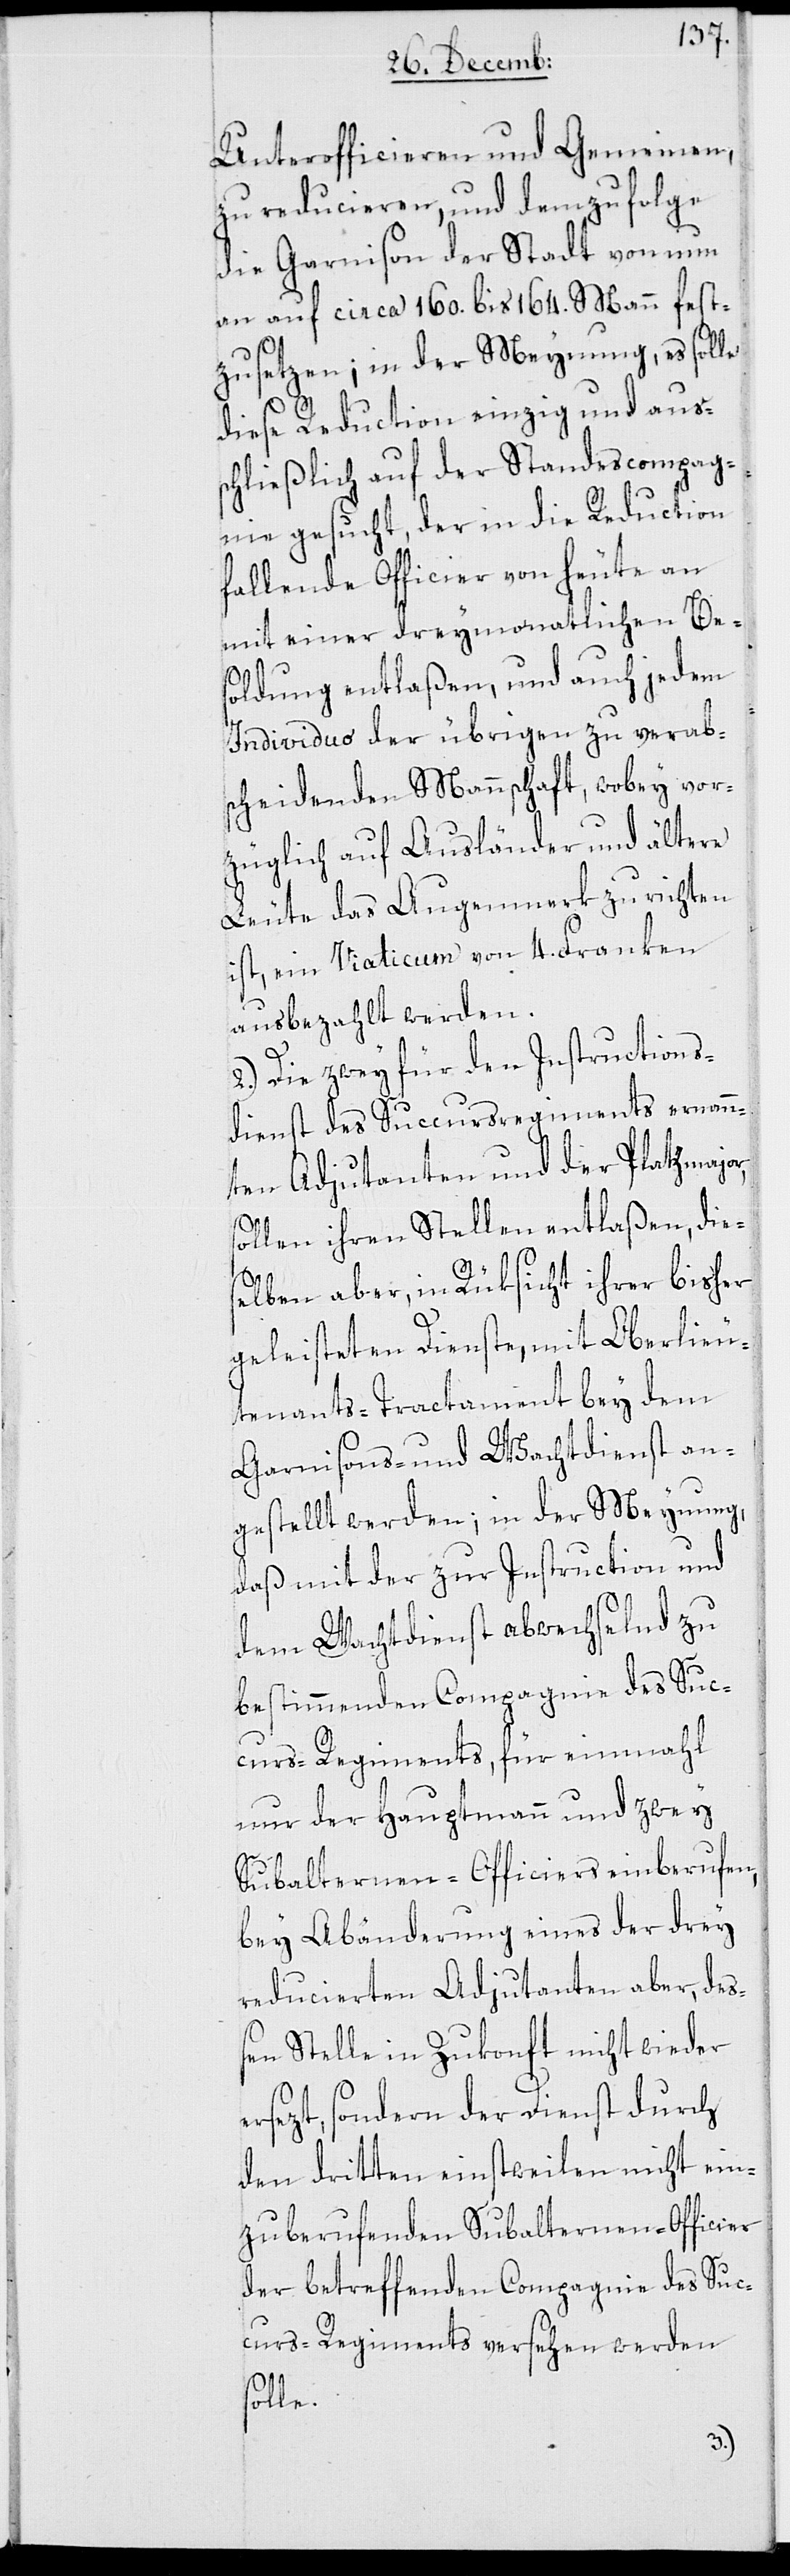
Unterofficieren und Gemeinen,
zu reducieren, und demzufolge
die Garnison der Stadt von nun
an auf circa 160. bis 164. Mann fest¬
zusetzen; in der Meynung, es solle
diese Reduction einzig und aus¬
schließlich auf der Standescompag¬
nie gesucht, der in die Reduction
fallende Officier von heute an
mit einer dreymonatlichen Be¬
soldung entlaßen, und auch jedem
Individuo der übrigen zu verab¬
scheidenden Mannschaft, wobey vor¬
züglich auf Ausländer und ältere
Leute das Augenmerk zu richten
ist, ein Viaticum von 4. Franken
ausbezahlt werden.
2.) Die zwey für den Instructions¬
dienst des Succursregiments ernann¬
ten Adjudanten und der Platzmajor,
sollen ihren Stellen entlaßen, dies¬
elben aber, in Rüksicht ihrer bisher
geleisteten Dienste, mit Oberlieu¬
tenants-Tractament bey dem
Garnisons- und Wachtdienst an¬
gestellt werden; in der Meynung,
daß mit der zur Instruction und
dem Wachtdienst abwechselnd zu
bestimmenden Compagnie des Suc¬
curs-Regiments, für einmahl
nur der Hauptmann und zwey
Subalternen-Officiers einberufen,
bey Abänderung eines der drey
reducierten Adjutanten aber, deß¬
en Stelle in Zukonft nicht wieder
ersezt, sondern der Dienst durch
den dritten einstweilen nicht ein¬
zuberufenden Subalternen-Officier
der betreffenden Conpagnie des Suc¬
curs-Regiments versehen werden
solle.